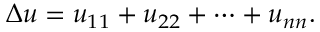
\Delta u = u _ { 1 1 } + u _ { 2 2 } + \cdots + u _ { n n } .